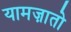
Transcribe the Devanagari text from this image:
यामज़ातो